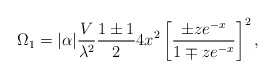
\begin{align*}\Omega_1 = | \alpha | {V \over \lambda^2} {{1\pm 1} \over 2} 4 x^2 \left [{{\pm ze^{-x}} \over {1 \mp z e^{-x}}} \right ]^2 ,\end{align*}